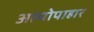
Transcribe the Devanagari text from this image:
अल्पोपाहार